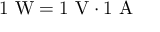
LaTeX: \mathrm { 1 ~ W = 1 ~ V \cdot 1 ~ A }